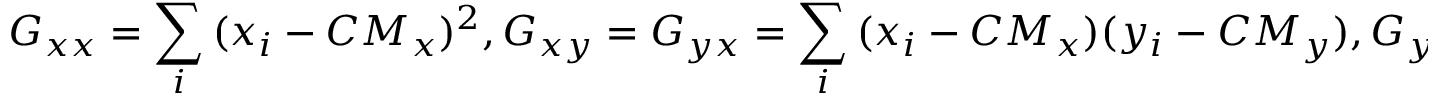
G _ { x x } = \sum _ { i } { ( x _ { i } - C M _ { x } ) ^ { 2 } } , G _ { x y } = G _ { y x } = \sum _ { i } { ( x _ { i } - C M _ { x } ) ( y _ { i } - C M _ { y } ) } , G _ { y y } = \sum _ { i } { ( y _ { i } - C M _ { y } ) ^ { 2 } }